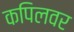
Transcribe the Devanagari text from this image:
कपिलवर